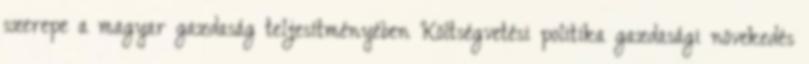
szerepe a magyar gazdaság teljesítményében Költségvetési politika gazdasági növekedés